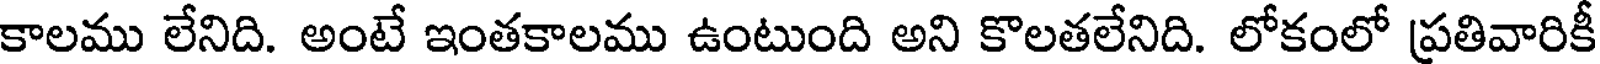
కాలము లేనిది. అంటే ఇంతకాలము ఉంటుంది అని కొలతలేనిది. లోకంలో ప్రతివారికీ